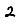
Digit: 2